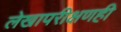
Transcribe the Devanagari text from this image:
लेखापरीक्षणही